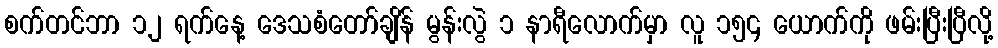
စက်တင်ဘာ ၁၂ ရက်နေ့ ဒေသစံတော်ချိန် မွန်းလွဲ ၁ နာရီလောက်မှာ လူ ၁၅၄ ယောက်ကို ဖမ်းပြီးပြီလို့